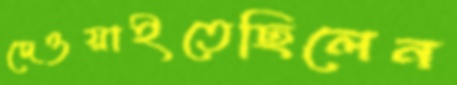
দেওয়াইতেছিলেন